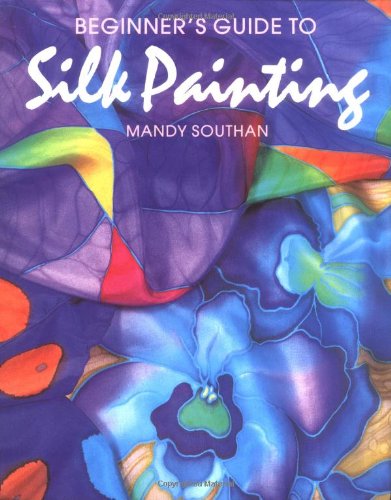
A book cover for Beginner's Guide to Silk Painting; Mandy Southan; Crafts, Hobbies & Home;